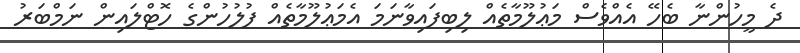
ދެ މީހުންނާ ބެހޭ އެއްވެސް މަޢުލޫމާތެއް ލިބިފައިވާނަމަ އެމަޢުލޫމާތެއް ފުލުހުންގެ ހޮޓްލައިން ނަމްބަރު